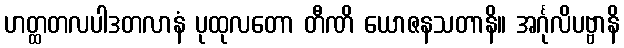
ဟတ္ထတလပါဒတလာနံ ပုထုလတော တီဏိ ယောဇနသတာနိ။ အင်္ဂုလိပဗ္ဗာနိ